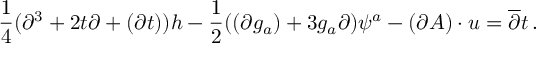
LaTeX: \frac { 1 } { 4 } ( \partial ^ { 3 } + 2 t \partial + ( \partial t ) ) h - \frac { 1 } { 2 } ( ( \partial g _ { a } ) + 3 g _ { a } \partial ) \psi ^ { a } - ( \partial A ) \cdot u = \overline { { { \partial } } } t \, .